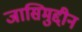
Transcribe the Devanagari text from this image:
जासिमुद्दीन